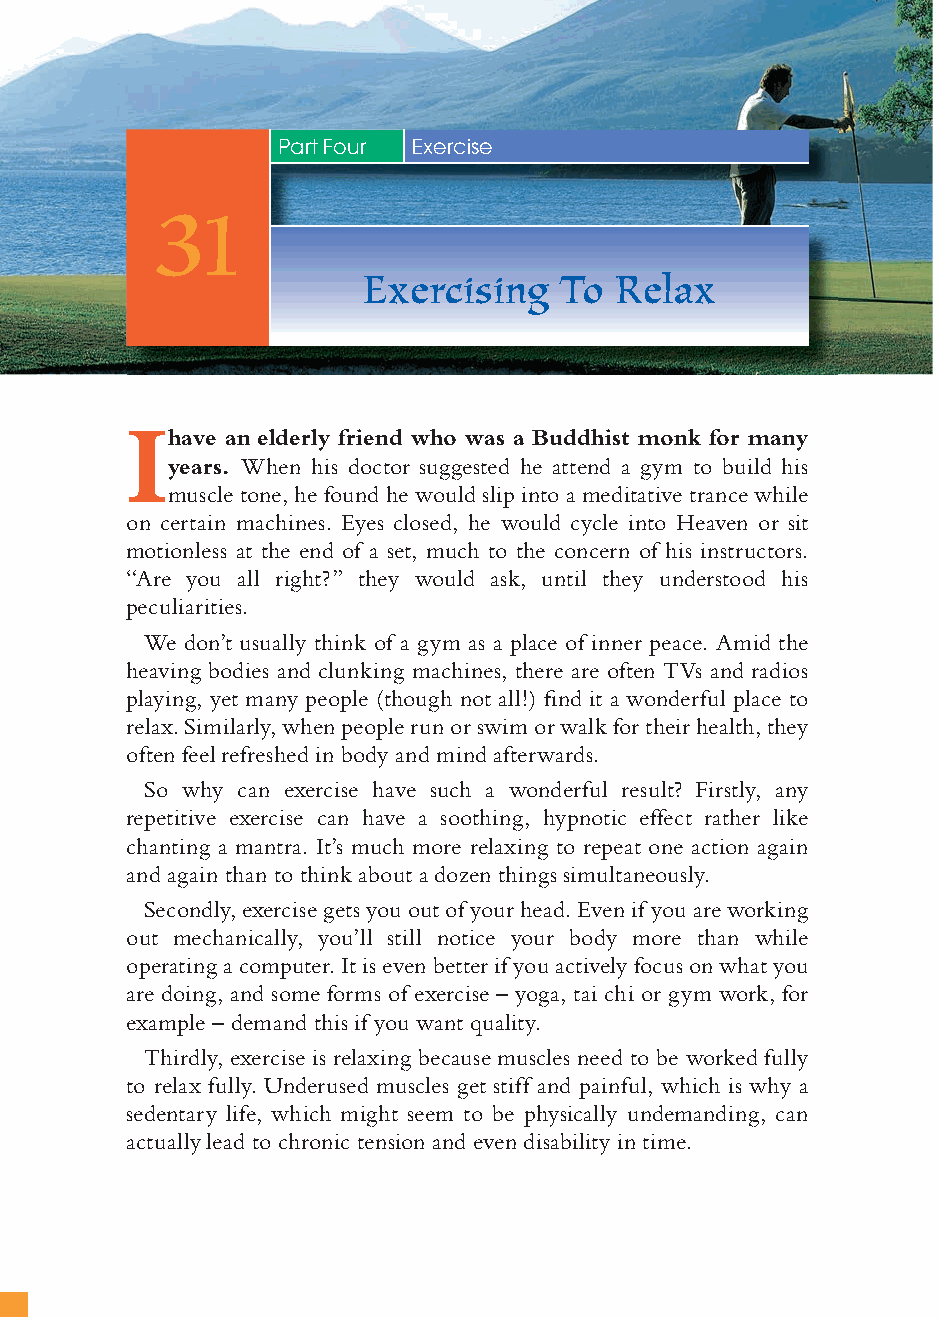
126
 Part Four Exercise
 31
 Exercising   To Relax
 I
 have an elderly friend who was a Buddhist monk for many
 years. When his doctor suggested he attend a gym to build his
 muscle tone, he found he would slip into a meditative trance while
 on certain machines. Eyes closed, he would cycle into Heaven or sit
 motionless at the end of a set, much to the concern of his instructors.
 “Are you all right?” they would ask, until they understood his
 peculiarities.
 We don’t usually think of a gym as a place of inner peace. Amid the
 heaving bodies and clunking machines, there are often TVs and radios
 playing, yet many people (though not all!) fi nd it a wonderful place to
 relax. Similarly, when people run or swim or walk for their health, they
 often feel refreshed in body and mind afterwards.
 So why can exercise have such a wonderful result? Firstly, any
 repetitive exercise can have a soothing, hypnotic effect rather like
 chanting a mantra. It’s much more relaxing to repeat one action again
 and again than to think about a dozen things simultaneously.
 Secondly, exercise gets you out of your head. Even if you are working
 out mechanically, you’ll still notice your body more than while
 operating a computer. It is even better if you actively focus on what you
 are doing, and some forms of exercise – yoga, tai chi or gym work, for
 example – demand this if you want quality.
 Thirdly, exercise is relaxing because muscles need to be worked fully
 to relax fully. Underused muscles get stiff and painful, which is why a
 sedentary life, which might seem to be physically undemanding, can
 actually lead to chronic tension and even disability in time.
 ffiivvee__220000667788..iinndddd SSeecc11::113300   3300//55//0055 55::0055::3355 PPMM